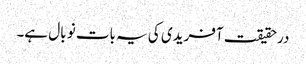
درحقیقت آفریدی کی یہ بات نو بال ہے۔